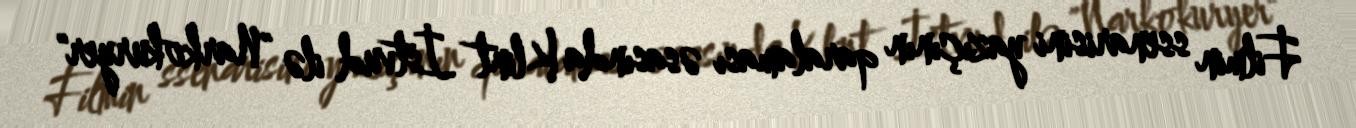
Filmin ssenarisini yazıçının qaralaması əsasında Klint İstvud ilə "Narkokuryer"